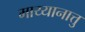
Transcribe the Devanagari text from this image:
माय्यानात्तु